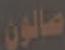
صالون